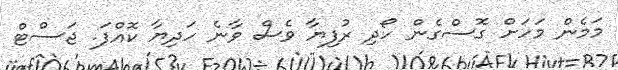
މަމެން މަހަށް ގޮސްގެން ހޯދި ރުފިޔާ ވެސް ވާނެ ހަދިޔާ ކޮއްފަ. ޖަސްޓް